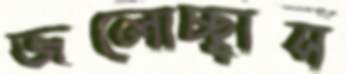
জলোচ্ছ্বাস